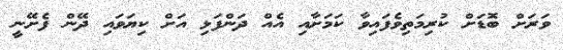
ވަރަށް ބޮޑަށް ކުރިމަތިވެފައިވާ ކަމަށާއި އެއް ދަންފަޅި އަށް ކިޔަވައި ދޭން ފެށޭނީ